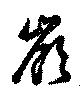
嶺